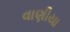
વાણીયા